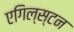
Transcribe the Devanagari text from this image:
एगिल्स्टन